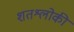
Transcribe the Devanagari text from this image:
शतश्लोकी